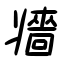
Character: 牆